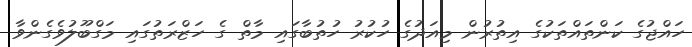
ހައްޖުގެ ކަންތައްތަކުގެ އިތުރުން މިއަދުގެ ހުކުރު ހުތުބާގައި މާތް ގެ ހަޒްރަތުގައި މަގްބޫލުވެގެންވާ